Vaccination in Burma 1920-1933 - 1920-1933
Year: 1920
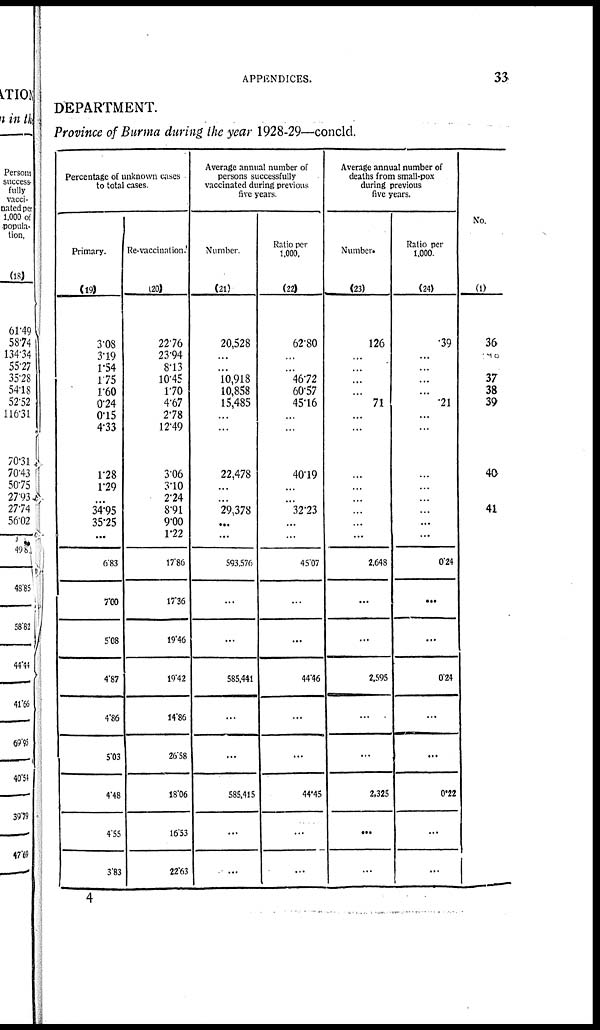
APPENDICES.
33
DEPARTMENT.
Province of Burma during the year 1928-29—concld.
Percentage of unknown cases
to total cases.
Primary.
(19)
3.08
3.19
1.54
1.75
1.60
0.24
0.15
4.33
1.28
1.29
...
34.95
35.25
...
6.83
7.00
5.08
4.87
4.86
5.03
4.48
4.55
3.83
Re-vaccination.
(20)
22.76
23.94
8.13
10.45
1.70
4.67
2.78
12.49
3.06
3.10
2.24
8.91
9.00
1.22
17.86
17.36
19.46
19.42
14.86
26.58
18.06
16.53
22.63
Average annual number of
persons successfully
vaccinated during previous
five years.
Number.
(21)
20,528
...
...
10,918
10,858
15,485
...
...
22,478
...
...
29,378
...
...
593,576
...
...
585.441
...
...
585.415
...
...
Ratio per
1,000.
(22)
62.80
...
...
46.72
60.57
45.16
...
...
40.19
...
...
32.23
...
...
45.07
...
...
44.46
...
...
44.45
...
...
Average annual number of
deaths from small-pox
during previous
five years.
Number.
(23)
126
...
...
...
...
71
...
...
...
...
...
...
...
...
2,648
...
...
2.595
...
...
2,325
...
...
Ratio per
1,000
(24)
.39
...
...
...
...
.21
...
...
...
...
...
...
...
...
0.24
...
...
0.24
...
...
0.22
...
...
No.
(1)
36
37
38
39
40
41
4